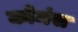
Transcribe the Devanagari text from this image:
कोमंस